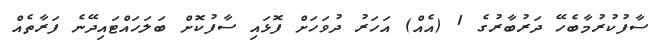
ސާފުކުރުމާބެހޭ ދަރުބާރުގެ 1 (އެއް) އަހަރު ދުވަހަށް ފޮޅައި ސާފުކޮށް ބަލަހައްޓައިދޭނެ ފަރާތެއް